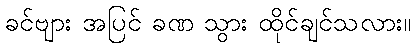
ခင်ဗျား အပြင် ခဏ သွား ထိုင်ချင်သလား။